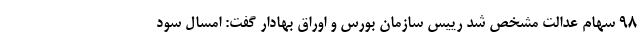
۹۸ سهام عدالت مشخص شد رییس سازمان بورس و اوراق بهادار گفت: امسال سود